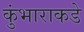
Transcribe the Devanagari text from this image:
कुंभाराकडे